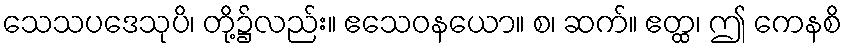
သေသပဒေသုပိ၊ တို့၌လည်း။ ဧသေဝနယော။ စ၊ ဆက်။ ဧတ္ထ၊ ဤ ကေနစိ